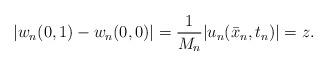
LaTeX: \begin{align*}|w_n(0, 1) - w_n(0,0)| = \frac1{M_n}|u_n(\bar x_n, t_n)| = z.\end{align*}